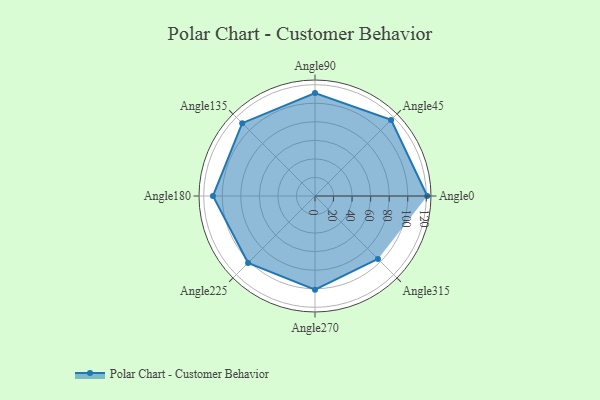
{"axis": {"x": "Angle", "y": "Radius"}, "legend": [""], "data": [{"x": "Angle0", "y": 121.0, "type": ""}, {"x": "Angle45", "y": 116.0, "type": ""}, {"x": "Angle90", "y": 111.0, "type": ""}, {"x": "Angle135", "y": 111.0, "type": ""}, {"x": "Angle180", "y": 110.0, "type": ""}, {"x": "Angle225", "y": 102.0, "type": ""}, {"x": "Angle270", "y": 101.0, "type": ""}, {"x": "Angle315", "y": 96.0, "type": ""}]}